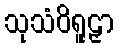
သုသံဝိရူဠှာ